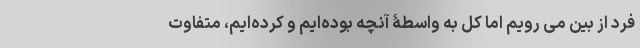
فرد از بین می رویم اما کل به واسطۀ آنچه بوده‌ایم و کرده‌ایم، متفاوت